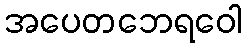
အပေတဘေရဝေါ